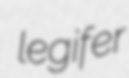
legifer